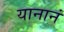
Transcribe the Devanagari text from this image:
यानानं